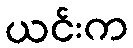
ယင်းက